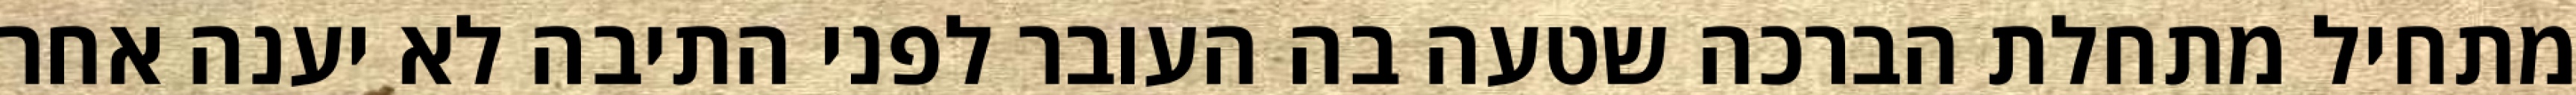
מתחיל מתחלת הברכה שטעה בה העובר לפני התיבה לא יענה אחר